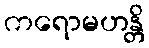
ကရောမဟန္တိ